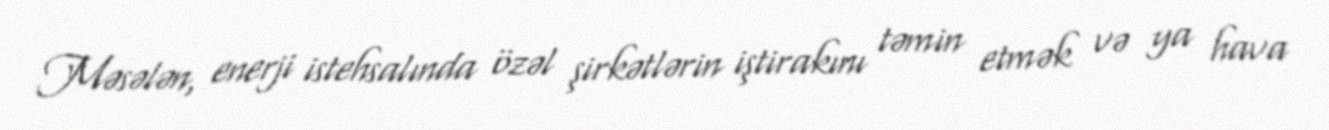
Məsələn, enerji istehsalında özəl şirkətlərin iştirakını təmin etmək və ya hava